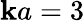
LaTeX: \mathbf{k}a=3